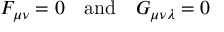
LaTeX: F _ { \mu \nu } = 0 \quad \mathrm { a n d } \quad G _ { \mu \nu \lambda } = 0